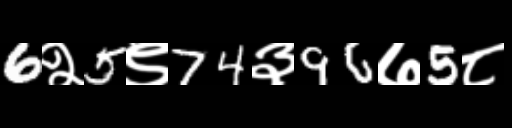
Text: 6२5९74३96७5८